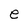
Character: e